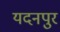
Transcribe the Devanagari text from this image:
यदनपुर